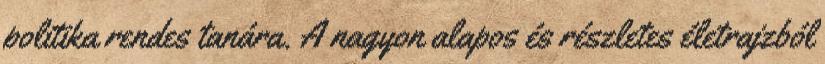
politika rendes tanára. A nagyon alapos és részletes életrajzból